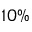
1 0 \%